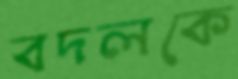
বদলকে